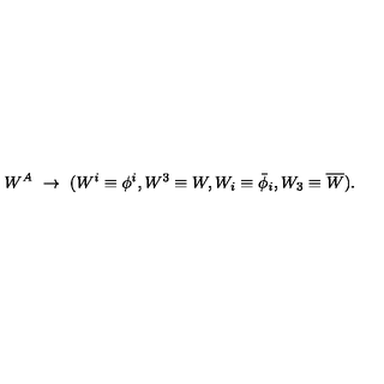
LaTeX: W ^ { A } \ \rightarrow \ ( W ^ { i } \equiv \phi ^ { i } , W ^ { 3 } \equiv W , W _ { i } \equiv \bar { \phi } _ { i } , W _ { 3 } \equiv \overline { W } ) .